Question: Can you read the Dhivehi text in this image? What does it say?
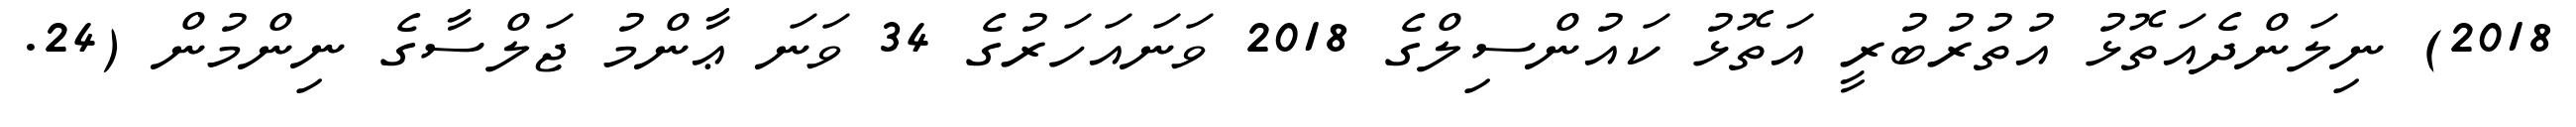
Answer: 2018) ނިލަންދެއަތޮޅު އުތުރުބުރީ އަތޮޅު ކައުންސިލްގެ 2018 ވަނައަހަރުގެ 34 ވަނަ ޢާންމު ޖަލްސާގެ ނިންމުން (24.